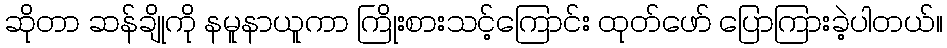
ဆိုတာ ဆန်ချိုကို နမူနာယူကာ ကြိုးစားသင့်ကြောင်း ထုတ်ဖော် ပြောကြားခဲ့ပါတယ်။